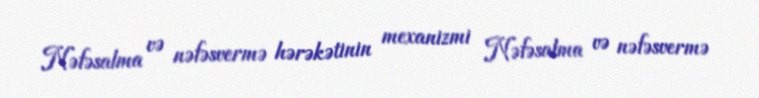
Nəfəsalma və nəfəsvermə hərəkətinin mexanizmi Nəfəsalma və nəfəsvermə